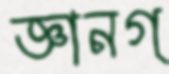
জ্ঞানগ্